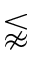
\lnapprox